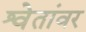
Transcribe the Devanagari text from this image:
श्वेतांवर